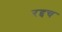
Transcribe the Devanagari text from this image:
रद्दच